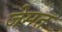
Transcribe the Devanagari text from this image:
जेमत